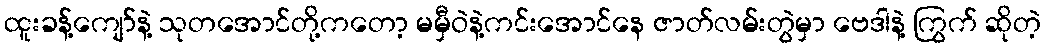
ထူးခန့်ကျော်နဲ့ သုတအောင်တို့ကတော့ မမှီဝဲနဲ့ကင်းအောင်နေ ဇာတ်လမ်းတွဲမှာ ဗေဒါနဲ့ ကြွက် ဆိုတဲ့